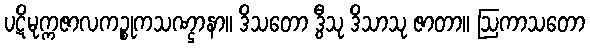
ပဋိမုက္ကဇာလကဉ္စုကသဏ္ဌာနာ။ ဒိသတော ဒွီသု ဒိသာသု ဇာတာ။ ဩကာသတော